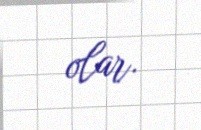
olar.